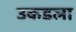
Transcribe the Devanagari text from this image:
उकडला